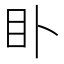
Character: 𥃨